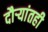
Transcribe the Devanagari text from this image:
दौऱ्यांतही